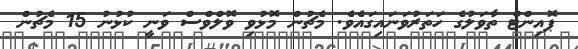
ޕޮއިންޓް ތާވަލުގެ ހަތަރުވަނައިގައެވެ. މެޗުން މޮޅުވި ވޮލްވްސް ވަނީ ކުޅުނު 15 މެޗުން